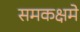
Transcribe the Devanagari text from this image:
समकक्षमे